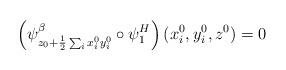
LaTeX: \begin{align*}\left(\psi^{\beta}_{z_0+\frac{1}{2}\sum_i x^0_iy^0_i}\circ\psi^H_1\right)(x^0_i,y^0_i,z^0)=0\end{align*}